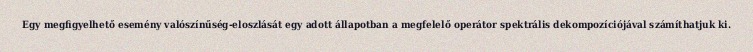
Egy megfigyelhető esemény valószínűség-eloszlását egy adott állapotban a megfelelő operátor spektrális dekompozíciójával számíthatjuk ki.